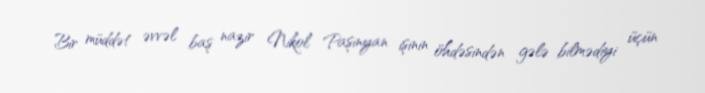
Bir müddət əvvəl baş nazir Nikol Paşinyan işinin öhdəsindən gələ bilmədiyi üçün